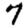
Digit: 7